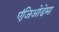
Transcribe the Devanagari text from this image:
एंजिओडेमा